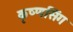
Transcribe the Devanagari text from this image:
कृष्णसिंग